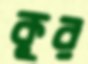
কুর